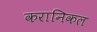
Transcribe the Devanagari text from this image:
करानिकल